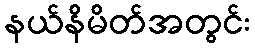
နယ်နိမိတ်အတွင်း